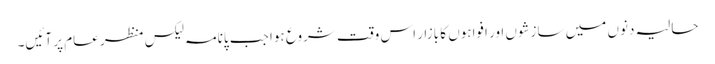
حالیہ دنوں میں سازشوں اور افواہوں کا بازار اس وقت شروع ہوا جب پانامہ لیکس منظر عام پر آئیں۔